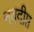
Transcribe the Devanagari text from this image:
नवदीप्त